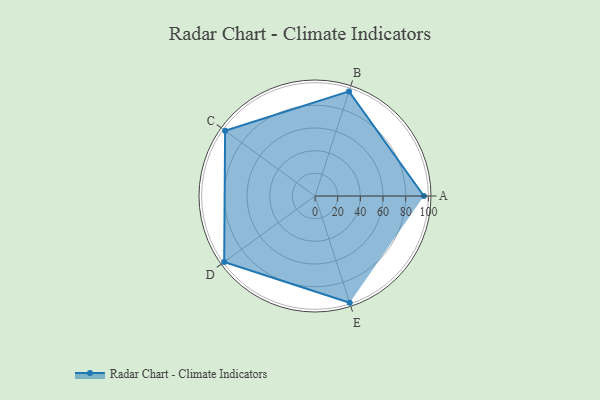
{"axis": {"x": "Skill", "y": "Score"}, "legend": ["Profile"], "data": [{"x": "A", "y": 96.0, "type": "Profile"}, {"x": "B", "y": 97.0, "type": "Profile"}, {"x": "C", "y": 98.0, "type": "Profile"}, {"x": "D", "y": 99, "type": "Profile"}, {"x": "E", "y": 99, "type": "Profile"}]}